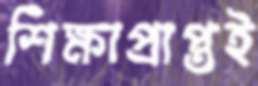
শিক্ষাপ্রাপ্তই